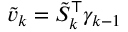
\tilde { v } _ { k } = \tilde { S } _ { k } ^ { \top } \gamma _ { k - 1 }